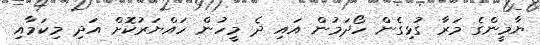
ޔާމީންގެ މަރާ ގުޅިގެން ހޯދަމުން އައި ދެ މީހުން ހައްޔަރުކޮށް އަދި މިކަމާއި